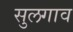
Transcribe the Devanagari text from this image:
सुलगाव